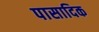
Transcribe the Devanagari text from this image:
पासादिक